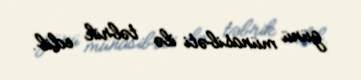
günü münasibəti ilə təbrik edib.